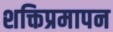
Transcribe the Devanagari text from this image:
शक्तिप्रमापन